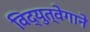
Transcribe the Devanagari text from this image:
विद्युत्‍वेगाने